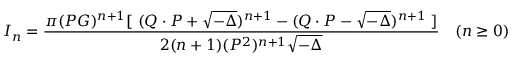
I _ { n } = { \frac { \pi ( P G ) ^ { n + 1 } [ \ ( Q \cdot P + \sqrt { - \Delta } ) ^ { n + 1 } - ( Q \cdot P - \sqrt { - \Delta } ) ^ { n + 1 } \ ] } { 2 ( n + 1 ) ( P ^ { 2 } ) ^ { n + 1 } \sqrt { - \Delta } } } \quad ( n \ge 0 )